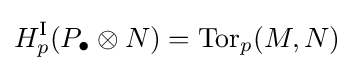
H_{p}^{\textrm {I}}(P_{\bullet }\otimes N)=\operatorname {Tor} _{p}(M,N)